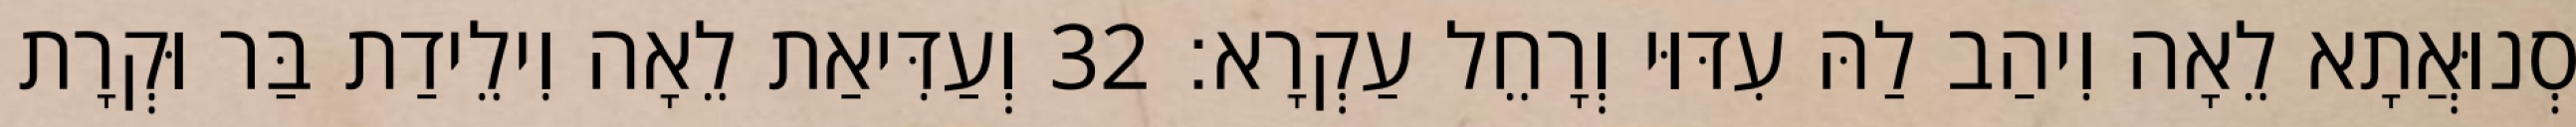
סְנוּאֲתָא לֵאָה וִיהַב לַהּ עִדּוּי וְרָחֵל עַקְרָא׃ 32 וְעַדִּיאַת לֵאָה וִילֵידַת בַּר וּקְרָת